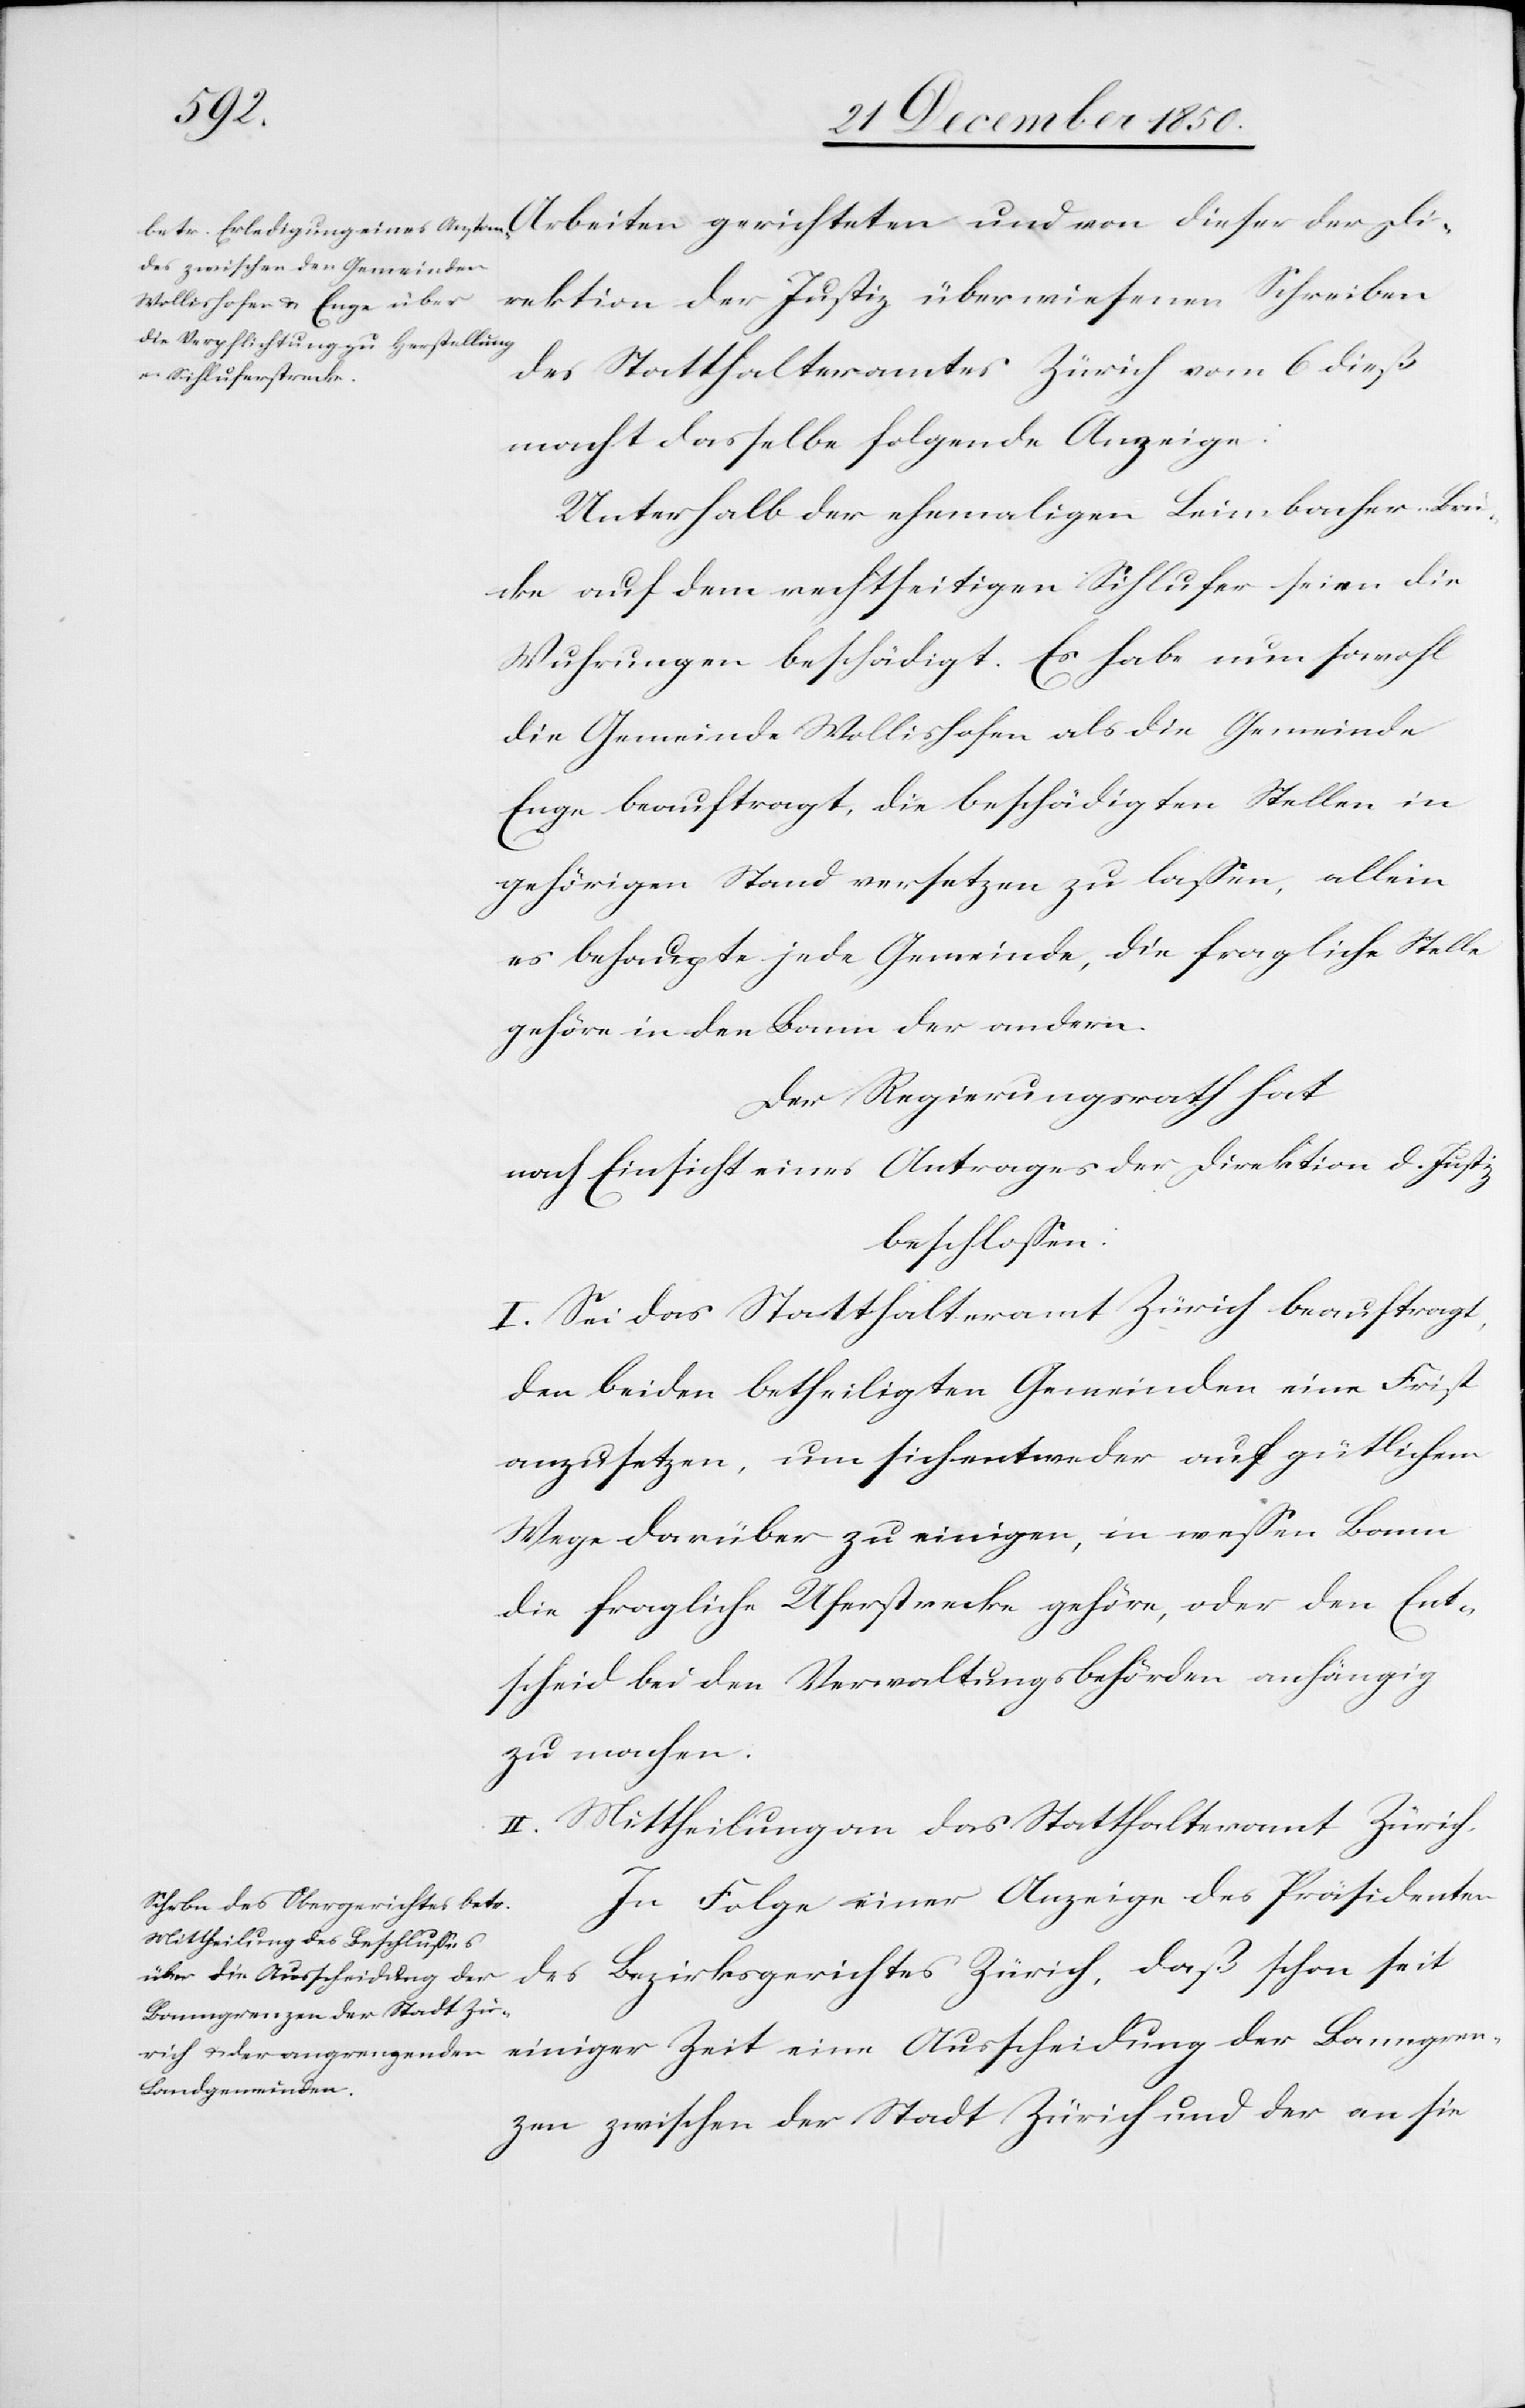
Direktion der Justiz überwiesenen Schreiben
des Statthalteramtes Zürich vom 6 dieß
macht dasselbe folgende Anzeige:
Unterhalb der ehemaligen Leimbacher-Brü¬
cke auf dem rechtseitigen Sihlufer seien die
Wuhrungen beschädigt. Es habe nun sowohl
die Gemeinde Wollishofen als die Gemeinde
Enge beauftragt, die beschädigten Stellen in
gehörigen Stand versetzen zu lassen, allein
es behaupte jede Gemeinde, die fragliche Stelle
gehöre in den Bann der andern.
Der Regierungsrath hat
nach Einsicht eines Antrages der Direktion d. Justiz
beschlossen.
I. Sei das Statthalteramt Zürich beauftragt,
den beiden betheiligten Gemeinden eine Frist
anzusetzen, um sich entweder auf gütlichem
Wege darüber zu einigen, in wessen Bann
die fragliche Uferstrecke gehöre, oder den Ent¬
scheid bei den Verwaltungsbehörden anhängig
zu machen.
II. Mittheilung an das Statthalteramt Zürich.
In Folge einer Anzeige des Präsidenten
Banngren¬
zen zwischen der Stadt Zürich und der an sie